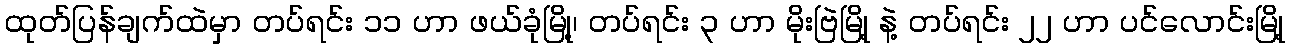
ထုတ်ပြန်ချက်ထဲမှာ တပ်ရင်း ၁၁ ဟာ ဖယ်ခုံမြို့၊ တပ်ရင်း ၃ ဟာ မိုးဗြဲမြို့ နဲ့ တပ်ရင်း ၂၂ ဟာ ပင်လောင်းမြို့